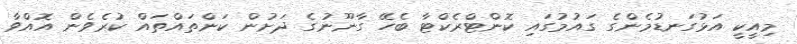
މިއީކީ އަޅުގަނޑުމެންގެ ގައުމުގައި ކޮންޓްރެކްޓާ ބެހޭ ގާނޫނުގެ ދަށުން ކަންތައްތައް ކުރެވެން އޮއްވާ